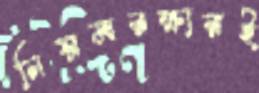
নিয়মরক্ষারই